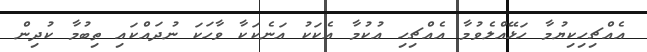
އެއްޗިހިކިޔުމާ ހަޅޭއްލެވުމާ އެއްޗިހި އުކުމާ އެކަކު އަނެކަކާ ވާހަކަ ނުދައްކައި ތިބުމާ ކުދިން